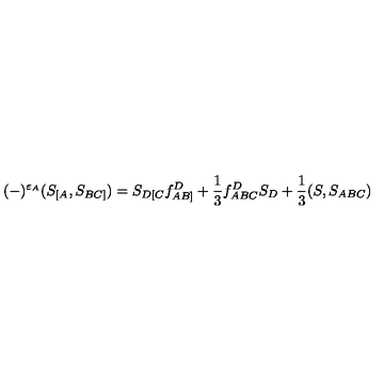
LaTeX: ( - ) ^ { \varepsilon _ { A } } ( S _ { [ A } , S _ { B C ] } ) = S _ { D [ C } f _ { A B ] } ^ { D } + \mathrm { \small { \frac { 1 } { 3 } } } f _ { A B C } ^ { D } S _ { D } + \mathrm { \small { \frac { 1 } { 3 } } } ( S , S _ { A B C } )